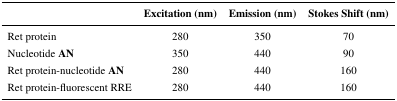
|  | Excitation (nm) | Emission (nm) | Stokes Shift (nm) |
 | --- | --- | --- | --- |
 | Ret protein | 280 | 350 | 70 |
 | NucleotideAN | 350 | 440 | 90 |
 | Ret protein-nucleotideAN | 280 | 440 | 160 |
 | Ret protein-fluorescent RRE | 280 | 440 | 160 |